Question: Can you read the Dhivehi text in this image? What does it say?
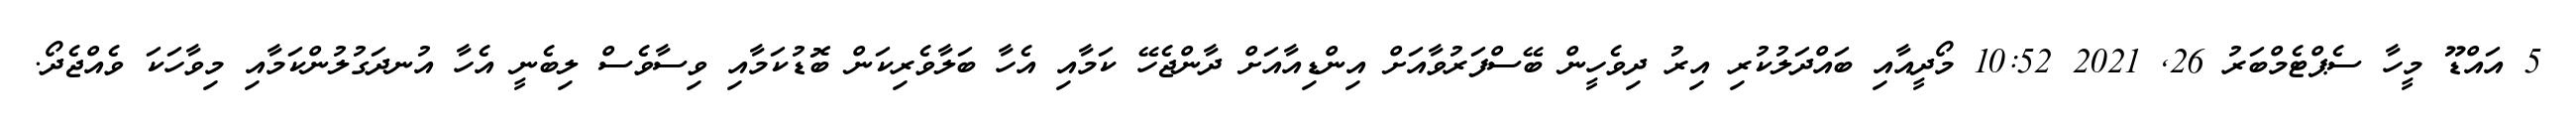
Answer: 5 އައްޑޫ މީހާ ސެޕްޓެމްބަރު 26, 2021 10:52 މޯދީއާއި ބައްދަލުކުރި އިރު ދިވެހީން ބޭސްފަރުވާއަށް އިންޑިއާއަށް ދާންޖެހޭ ކަމާއި އެހާ ބަލާވެރިކަން ބޮޑުކަމާއި ވިސާވެސް ލިބެނީ އެހާ އުނދަގުލުންކަމާއި މިވާހަކަ ވެއްޖެދޯ.